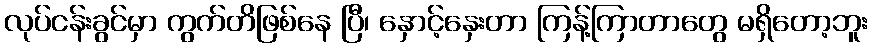
လုပ်ငန်းခွင်မှာ ကွက်တိဖြစ်နေ ပြီ၊ နှောင့်နှေးတာ ကြန့်ကြာတာတွေ မရှိတော့ဘူး